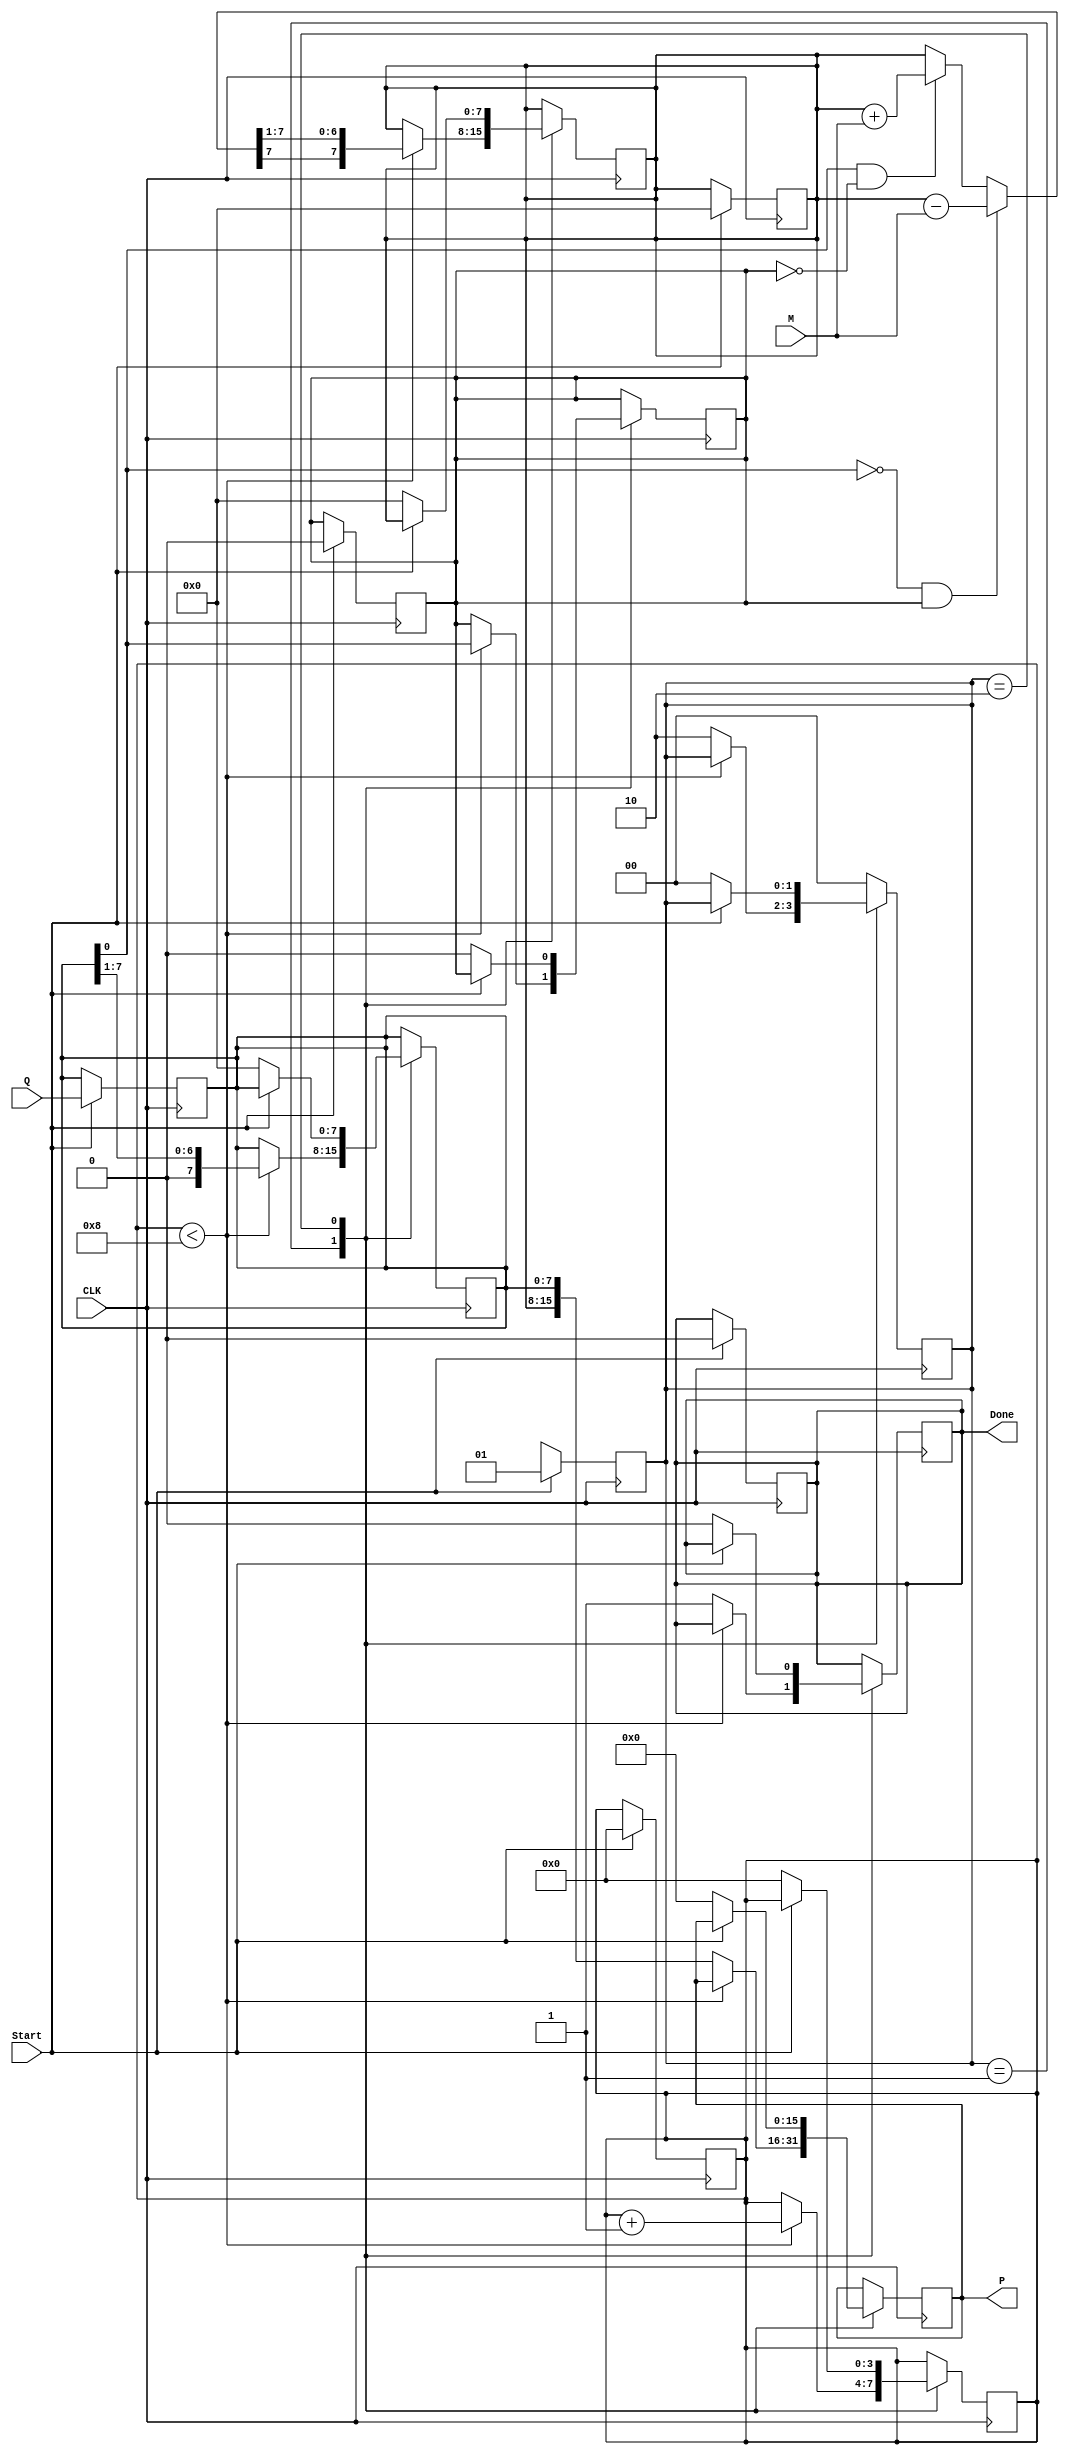
module booth_multiplier #(parameter N = 8) (
    input wire [N-1:0] M,      // Multiplicand
    input wire [N-1:0] Q,      // Multiplier
    input wire Start,          // Control Signal to start multiplication
    input wire CLK,            // Clock Signal
    output reg [2*N-1:0] P,    // Product (2n bits)
    output reg Done            // Ready Signal
);

    reg [N-1:0] A;            // A Register
    reg [N-1:0] Q_reg;        // Q Register
    reg Q_1;                  // Q-1 Register
    reg [3:0] count;          // Counter for iterations

    // State Definitions
    localparam IDLE = 2'b00, 
               RUN  = 2'b01, 
               DONE = 2'b10;

    reg [1:0] state, next_state;

    // Initial block for reset conditions
    initial begin
        P = 0;
        A = 0;
        Q_reg = 0;
        Q_1 = 0;
        Done = 0;
        count = 0;
        state = IDLE;
    end

    // State Transition Logic
    always @(posedge CLK) begin
        if (Start) begin
            state <= RUN;
        end else begin
            state <= next_state;
        end
    end

    // Main operation logic
    always @(posedge CLK) begin
        case (state)
            RUN: begin
                if (count < N) begin
                    // Determine the operation based on Q[0] and Q-1
                    if (Q_reg[0] == 1'b0 && Q_1 == 1'b1) begin
                        // A = A - M
                        A = A - M;
                    end else if (Q_reg[0] == 1'b1 && Q_1 == 1'b0) begin
                        // A = A + M
                        A = A + M;
                    end
                    // Shift right A, Q, and Q-1
                    {A[N-1], A} = {A[N-1], A} >> 1; // Maintain sign bit
                    {Q_reg, Q_1} = {Q_reg, Q_1} >> 1; // Shift Q and Q-1
                    count = count + 1;
                end else begin
                    // Store the final product
                    P = {A, Q_reg};
                    Done = 1;
                    state = DONE; // Transition to done state
                end
            end
            DONE: begin
                // Wait for reset or new start
                if (!Start) begin
                    // Reset for next operation
                    P = 0;
                    A = 0;
                    Q_reg = 0;
                    Q_1 = 0;
                    Done = 0;
                    count = 0;
                    state = IDLE;
                end
            end
            default: state = IDLE;
        endcase
    end

    // Load Q register on Start
    always @(posedge CLK) begin
        if (Start) begin
            Q_reg <= Q; // Load multiplier into Q register
            A <= 0;     // Clear A register
            Q_1 <= 0;   // Clear Q-1 register
            count <= 0; // Reset counter
            Done <= 0;  // Reset done signal
        end
    end

endmodule